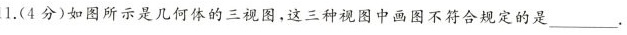
11.(4分)如图所示是几何体的三视图，这三种视图中画图不符合规定的是_。主视图左视图俯视图